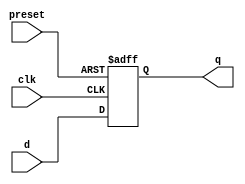
module async_preset_dff(
    input wire clk,      // Clock signal
    input wire preset,   // Asynchronous preset signal
    input wire d,        // Data input
    output reg q         // Output
);

always @(posedge clk or posedge preset)
begin
    if (preset)       // If preset signal is asserted
        q <= 1'b1;    // Set output to preset value
    else
        q <= d;       // Else, update output based on data input
end

endmodule